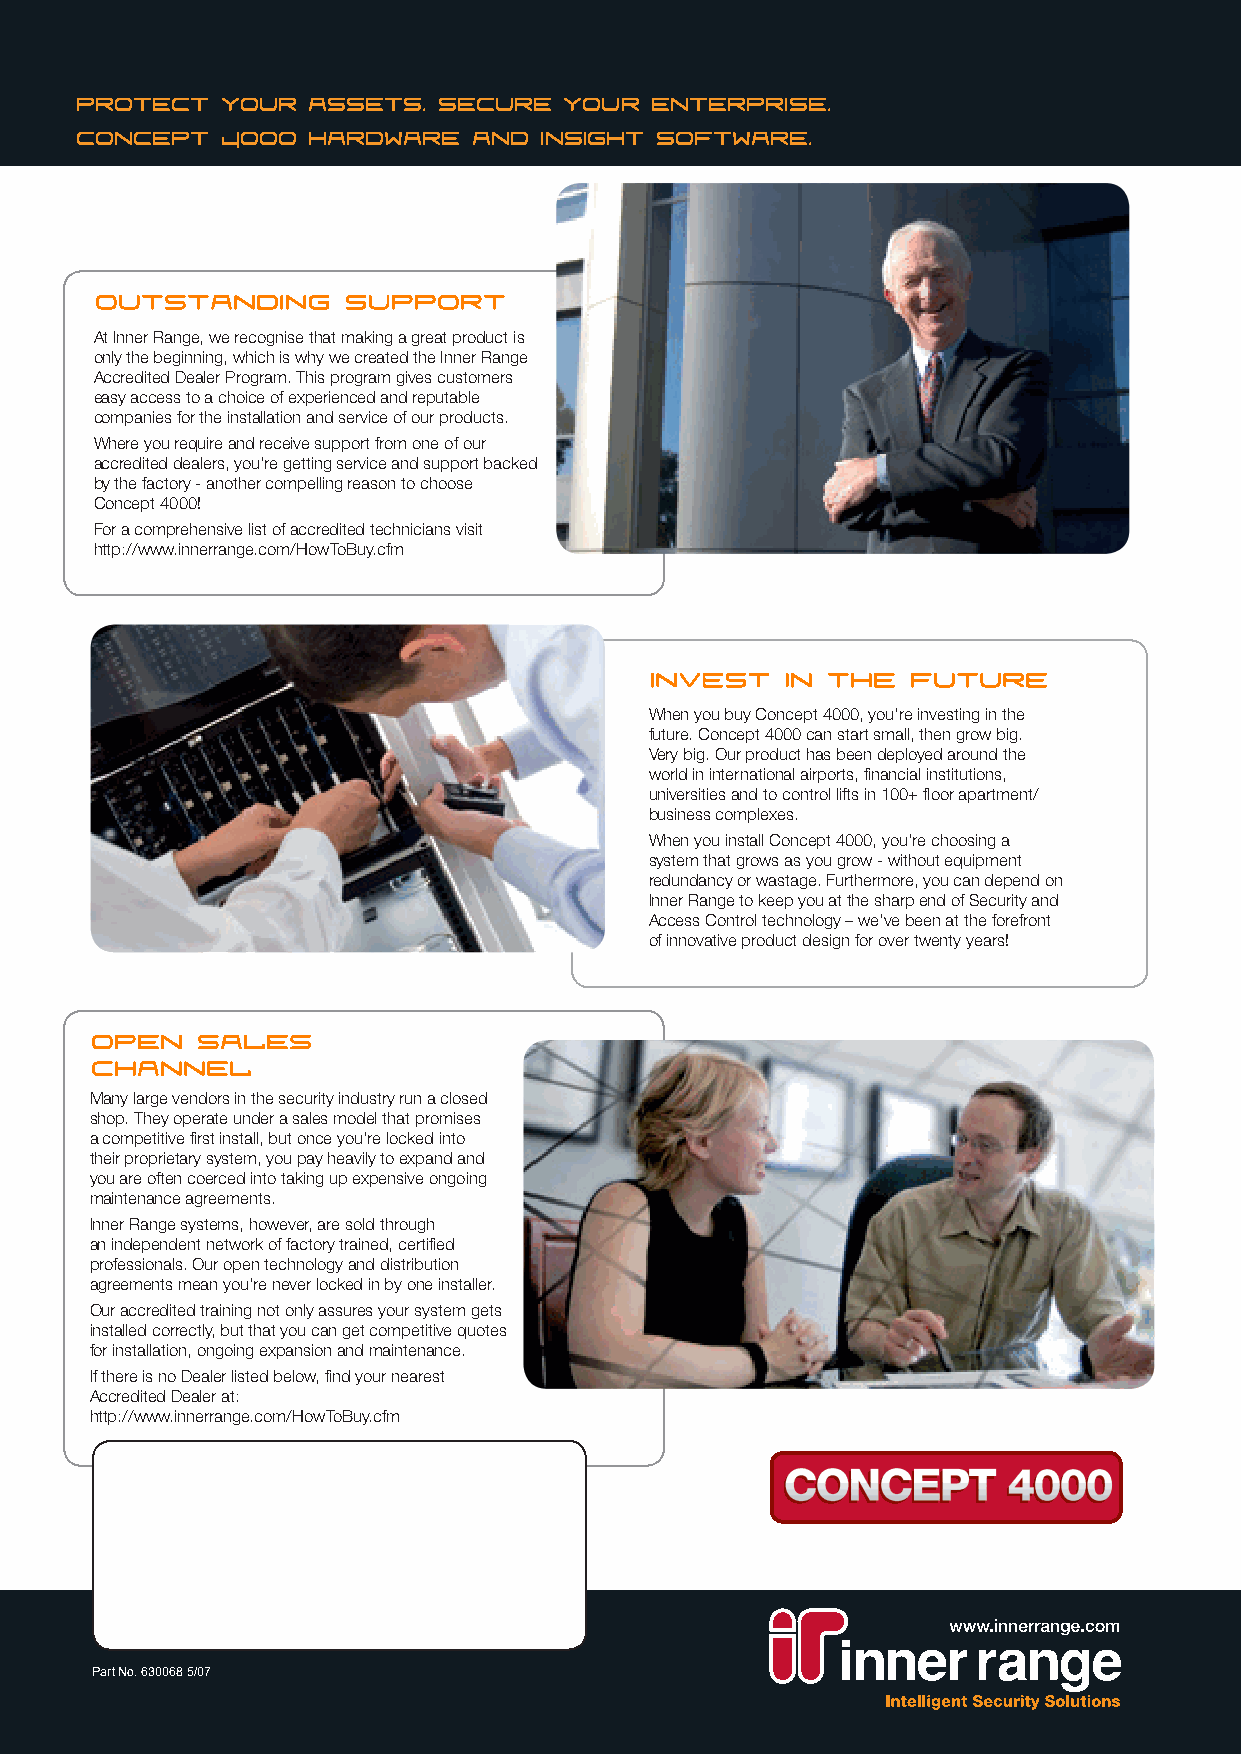
Protect   your assets.  Secure  your  enterprise.
 Concept   4000 hardware   and  insight software.
 Outstanding      Support
 At Inner Range, we recognise that making a great product is
 only the beginning, which is why we created the Inner Range
 Accredited Dealer Program. This program gives customers
 easy access to a choice of experienced and reputable
 companies for the installation and service of our products.
 Where you require and receive support from one of our
 accredited dealers, you’re getting service and support backed
 by the factory - another compelling reason to choose
 Concept 4000!
 For a comprehensive list of accredited technicians visit
 http://www.innerrange.com/HowToBuy.cfm
 Invest   in the  future
 When you buy Concept 4000, you’re investing in the
 future. Concept 4000 can start small, then grow big.
 Very big. Our product has been deployed around the
 world in international airports, financial institutions,
 universities and to control lifts in 100+ floor apartment/
 business complexes.
 When you install Concept 4000, you’re choosing a
 system that grows as you grow - without equipment
 redundancy or wastage. Furthermore, you can depend on
 Inner Range to keep you at the sharp end of Security and
 Access Control technology – we’ve been at the forefront
 of innovative product design for over twenty years!
 Open   Sales
 Channel?)
 Many large vendors in the security industry run a closed
 shop. They operate under a sales model that promises
 a competitive first install, but once you’re locked into
 their proprietary system, you pay heavily to expand and
 you are often coerced into taking up expensive ongoing
 maintenance agreements.
 Inner Range systems, however, are sold through
 an independent network of factory trained, certified
 professionals. Our open technology and distribution
 agreements mean you’re never locked in by one installer.
 Our accredited training not only assures your system gets
 installed correctly, but that you can get competitive quotes
 for installation, ongoing expansion and maintenance.
 If there is no Dealer listed below, find your nearest
 Accredited Dealer at:
 http://www.innerrange.com/HowToBuy.cfm
 Part No. 630068 5/07